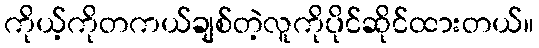
ကိုယ့်ကိုတကယ်ချစ်တဲ့လူကိုပိုင်ဆိုင်ထားတယ်။